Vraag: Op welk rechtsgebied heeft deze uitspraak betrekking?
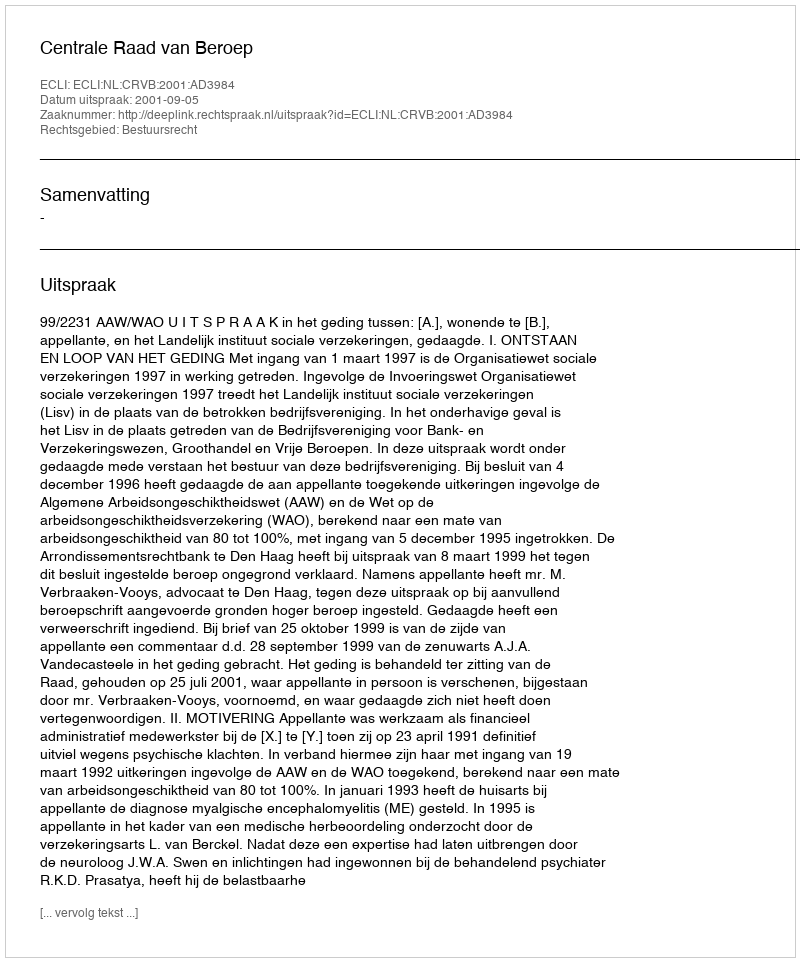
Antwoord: Bestuursrecht